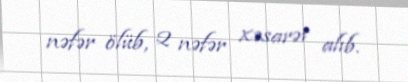
nəfər ölüb, 2 nəfər xəsarət alıb.